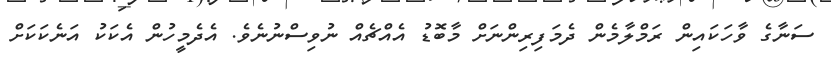
ސަނާގެ ވާހަކައިން ރަމްލާމެން ދެމަފިރިންނަށް މާބޮޑު އެއްޗެއް ނުވިސްނުނެވެ. އެދެމީހުން އެކަކު އަނެކަކަށް